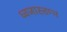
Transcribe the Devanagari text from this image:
ध्वजास्तम्भ